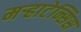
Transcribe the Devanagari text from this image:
मऱ्हाटेन्सिस